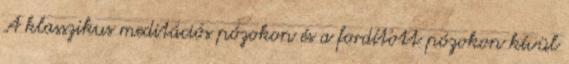
A klasszikus meditációs pózokon és a fordított pózokon kívül